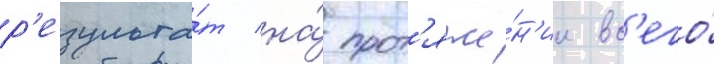
р'езульта́т на́ прот'яже́н'ии вс'его́